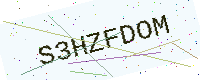
Text: S3HZFDOM